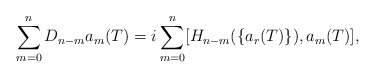
\begin{align*}\sum _{m=0}^{n}D_{n-m}a_{m}(T)=i\sum _{m=0}^{n}[H_{n-m}(\{a_{r}(T)\}),a_{m}(T)],\end{align*}